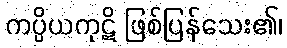
ကပ္ပိယကုဋိ ဖြစ်ပြန်သေး၏၊